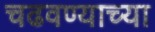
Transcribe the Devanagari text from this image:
चढवण्याच्या